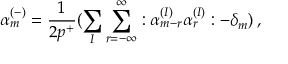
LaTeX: \alpha _ { m } ^ { ( - ) } = \frac { 1 } { 2 p ^ { + } } ( \sum _ { I } \sum _ { r = - \infty } ^ { \infty } : \alpha _ { m - r } ^ { ( I ) } \alpha _ { r } ^ { ( I ) } : - \delta _ { m } ) \, ,